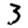
Digit: 3